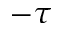
- \tau